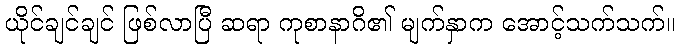
ယိုင်ချင်ချင် ဖြစ်လာပြီ ဆရာ ကုစာနာဂိ၏ မျက်နှာက အောင့်သက်သက်။